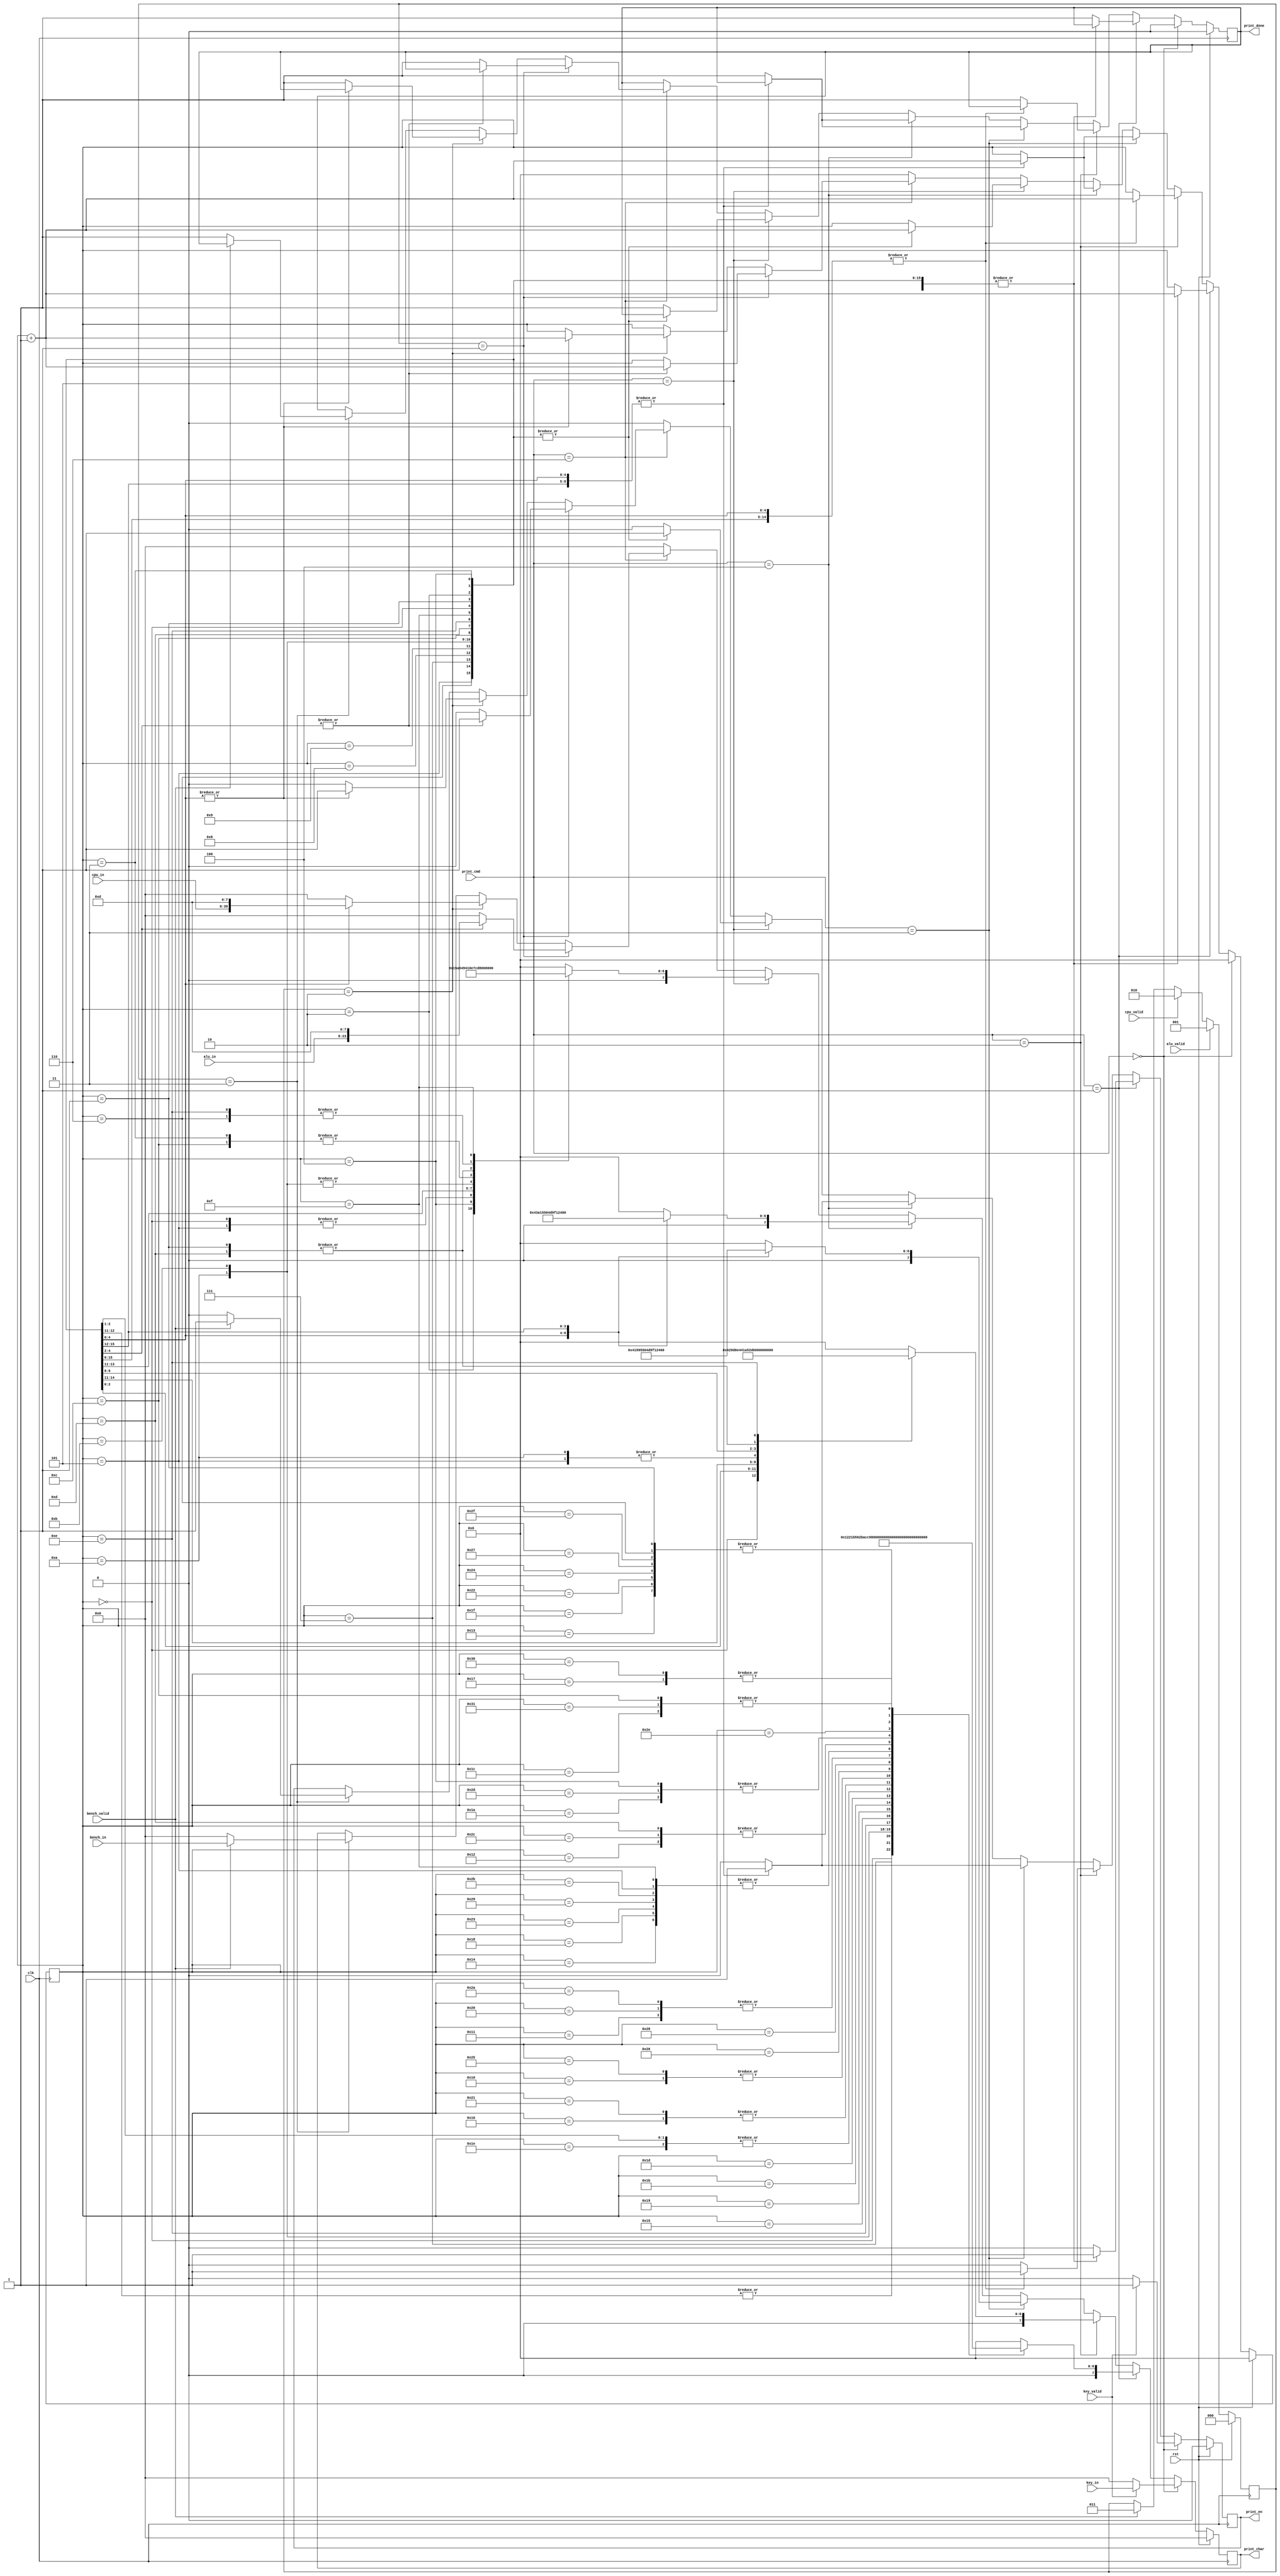

`define STRING_NONE    3'b000
`define STRING_INTRO   3'b001
`define STRING_BENCH   3'b010
`define STRING_ALU     3'b011
`define STRING_CPU     3'b100
`define STRING_INVALID 3'b101
`define STRING_REPORT  3'b110


`define REPORT_NONE  3'b000
`define REPORT_ALU   3'b001
`define REPORT_CPU   3'b010
`define REPORT_BENCH 3'b011

module Printer (
        output reg         print_en,
        output reg  [ 7:0] print_char,
        output reg         print_done,

        input  wire [ 7:0] key_in,
        input  wire        key_valid,

        input  wire [15:0] alu_in,
        input  wire        alu_valid,

        input  wire [31:0] cpu_in,
        input  wire        cpu_valid,

        input  wire [ 7:0] bench_in,
        input  wire        bench_valid,

        input  wire [ 2:0] print_cmd,

        input  wire        clk,
        input  wire        rst
    );

    reg [6:0] print_counter;

    reg [2:0] print_report_target;

    always @(posedge clk) begin
        if (rst) begin
            print_report_target <= `REPORT_NONE;
        end else if (alu_valid) begin
            print_report_target <= `REPORT_ALU;
        end else if (cpu_valid) begin
            print_report_target <= `REPORT_CPU;
        end else if (bench_valid) begin
            print_report_target <= `REPORT_BENCH;
        end
    end

    always @(posedge clk) begin
        if (rst) begin
            print_en <= 0;
            print_counter <= 0;
            print_char <= 0;
            print_done <= 0;

        end else if (print_cmd == `STRING_NONE) begin
            if (key_valid) begin
                print_en <= 1;
					 print_char <= key_in;
						
            end else begin
                print_en <= 0;
                print_char <= 0;
            end
            print_counter <= 0;
            print_done <= 0;

        end else if (print_cmd == `STRING_INTRO) begin
            case (print_counter)
                0: begin print_char <= 72; print_counter <= print_counter + 1; print_en <= 1; end
                1: begin print_char <= 69; print_counter <= print_counter + 1; print_en <= 1; end
                2: begin print_char <= 76; print_counter <= print_counter + 1; print_en <= 1; end
                3: begin print_char <= 76; print_counter <= print_counter + 1; print_en <= 1; end
                4: begin print_char <= 79; print_counter <= print_counter + 1; print_en <= 1; end
                5: begin print_char <= 32; print_counter <= print_counter + 1; print_en <= 1; end
                6: begin print_char <= 69; print_counter <= print_counter + 1; print_en <= 1; end
                7: begin print_char <= 67; print_counter <= print_counter + 1; print_en <= 1; end
                8: begin print_char <= 53; print_counter <= print_counter + 1; print_en <= 1; end
                9: begin print_char <= 53; print_counter <= print_counter + 1; print_en <= 1; end
                10: begin print_char <= 49; print_counter <= print_counter + 1; print_en <= 1; end
                11: begin print_char <= 46; print_counter <= print_counter + 1; print_en <= 1; end
                12: begin print_char <= 13; print_counter <= print_counter + 1; print_en <= 1; end
                13: begin print_char <= 77; print_counter <= print_counter + 1; print_en <= 1; end
                14: begin print_char <= 89; print_counter <= print_counter + 1; print_en <= 1; end
                15: begin print_char <= 32; print_counter <= print_counter + 1; print_en <= 1; end
                16: begin print_char <= 78; print_counter <= print_counter + 1; print_en <= 1; end
                17: begin print_char <= 65; print_counter <= print_counter + 1; print_en <= 1; end
                18: begin print_char <= 77; print_counter <= print_counter + 1; print_en <= 1; end
                19: begin print_char <= 69; print_counter <= print_counter + 1; print_en <= 1; end
                20: begin print_char <= 32; print_counter <= print_counter + 1; print_en <= 1; end
                21: begin print_char <= 73; print_counter <= print_counter + 1; print_en <= 1; end
                22: begin print_char <= 83; print_counter <= print_counter + 1; print_en <= 1; end
                23: begin print_char <= 58; print_counter <= print_counter + 1; print_en <= 1; end
                24: begin print_char <= 32; print_counter <= print_counter + 1; print_en <= 1; end
                25: begin print_char <= 66; print_counter <= print_counter + 1; print_en <= 1; end
                26: begin print_char <= 79; print_counter <= print_counter + 1; print_en <= 1; end
                27: begin print_char <= 88; print_counter <= print_counter + 1; print_en <= 1; end
                28: begin print_char <= 13; print_counter <= print_counter + 1; print_en <= 1; end
                29: begin print_char <= 80; print_counter <= print_counter + 1; print_en <= 1; end
                30: begin print_char <= 76; print_counter <= print_counter + 1; print_en <= 1; end
                31: begin print_char <= 69; print_counter <= print_counter + 1; print_en <= 1; end
                32: begin print_char <= 65; print_counter <= print_counter + 1; print_en <= 1; end
                33: begin print_char <= 83; print_counter <= print_counter + 1; print_en <= 1; end
                34: begin print_char <= 69; print_counter <= print_counter + 1; print_en <= 1; end
                35: begin print_char <= 32; print_counter <= print_counter + 1; print_en <= 1; end
                36: begin print_char <= 69; print_counter <= print_counter + 1; print_en <= 1; end
                37: begin print_char <= 78; print_counter <= print_counter + 1; print_en <= 1; end
                38: begin print_char <= 84; print_counter <= print_counter + 1; print_en <= 1; end
                39: begin print_char <= 69; print_counter <= print_counter + 1; print_en <= 1; end
                40: begin print_char <= 82; print_counter <= print_counter + 1; print_en <= 1; end
                41: begin print_char <= 32; print_counter <= print_counter + 1; print_en <= 1; end
                42: begin print_char <= 65; print_counter <= print_counter + 1; print_en <= 1; end
                43: begin print_char <= 32; print_counter <= print_counter + 1; print_en <= 1; end
                44: begin print_char <= 77; print_counter <= print_counter + 1; print_en <= 1; end
                45: begin print_char <= 79; print_counter <= print_counter + 1; print_en <= 1; end
                46: begin print_char <= 68; print_counter <= print_counter + 1; print_en <= 1; end
                47: begin print_char <= 69; print_counter <= print_counter + 1; print_en <= 1; end
                48: begin print_char <= 58; print_counter <= print_counter + 1; print_en <= 1; end
                49: begin print_char <= 13; print_counter <= print_counter + 1; print_en <= 1; end
                default: begin print_char <= 0; print_en <= 0; print_done <= 1; end
                
            endcase

        end else if (print_cmd == `STRING_BENCH) begin
            case (print_counter)
                0: begin print_char <= 66; print_counter <= print_counter + 1; print_en <= 1; end
                1: begin print_char <= 69; print_counter <= print_counter + 1; print_en <= 1; end
                2: begin print_char <= 78; print_counter <= print_counter + 1; print_en <= 1; end
                3: begin print_char <= 67; print_counter <= print_counter + 1; print_en <= 1; end
                4: begin print_char <= 72; print_counter <= print_counter + 1; print_en <= 1; end
                5: begin print_char <= 77; print_counter <= print_counter + 1; print_en <= 1; end
                6: begin print_char <= 65; print_counter <= print_counter + 1; print_en <= 1; end
                7: begin print_char <= 82; print_counter <= print_counter + 1; print_en <= 1; end
                8: begin print_char <= 75; print_counter <= print_counter + 1; print_en <= 1; end
                9: begin print_char <= 32; print_counter <= print_counter + 1; print_en <= 1; end
                10: begin print_char <= 77; print_counter <= print_counter + 1; print_en <= 1; end
                11: begin print_char <= 79; print_counter <= print_counter + 1; print_en <= 1; end
                12: begin print_char <= 68; print_counter <= print_counter + 1; print_en <= 1; end
                13: begin print_char <= 69; print_counter <= print_counter + 1; print_en <= 1; end
                14: begin print_char <= 13; print_counter <= print_counter + 1; print_en <= 1; end
                default: begin print_char <= 0; print_en <= 0; print_done <= 1; end

            endcase
        
        end else if (print_cmd == `STRING_ALU) begin
            case (print_counter)
                0: begin print_char <= 65; print_counter <= print_counter + 1; print_en <= 1; end
                1: begin print_char <= 76; print_counter <= print_counter + 1; print_en <= 1; end
                2: begin print_char <= 85; print_counter <= print_counter + 1; print_en <= 1; end
                3: begin print_char <= 32; print_counter <= print_counter + 1; print_en <= 1; end
                4: begin print_char <= 77; print_counter <= print_counter + 1; print_en <= 1; end
                5: begin print_char <= 79; print_counter <= print_counter + 1; print_en <= 1; end
                6: begin print_char <= 68; print_counter <= print_counter + 1; print_en <= 1; end
                7: begin print_char <= 69; print_counter <= print_counter + 1; print_en <= 1; end
                8: begin print_char <= 13; print_counter <= print_counter + 1; print_en <= 1; end
                default: begin print_char <= 0; print_en <= 0; print_done <= 1; end

            endcase

        end else if (print_cmd == `STRING_CPU) begin
            case (print_counter)
                0: begin print_char <= 67; print_counter <= print_counter + 1; print_en <= 1; end
                1: begin print_char <= 80; print_counter <= print_counter + 1; print_en <= 1; end
                2: begin print_char <= 85; print_counter <= print_counter + 1; print_en <= 1; end
                3: begin print_char <= 32; print_counter <= print_counter + 1; print_en <= 1; end
                4: begin print_char <= 77; print_counter <= print_counter + 1; print_en <= 1; end
                5: begin print_char <= 79; print_counter <= print_counter + 1; print_en <= 1; end
                6: begin print_char <= 68; print_counter <= print_counter + 1; print_en <= 1; end
                7: begin print_char <= 69; print_counter <= print_counter + 1; print_en <= 1; end
                8: begin print_char <= 13; print_counter <= print_counter + 1; print_en <= 1; end
                default: begin print_char <= 0; print_en <= 0; print_done <= 1; end

            endcase

        end else if (print_cmd == `STRING_INVALID) begin
            case (print_counter)
                0: begin print_char <= 73; print_counter <= print_counter + 1; print_en <= 1; end
                1: begin print_char <= 78; print_counter <= print_counter + 1; print_en <= 1; end
                2: begin print_char <= 86; print_counter <= print_counter + 1; print_en <= 1; end
                3: begin print_char <= 65; print_counter <= print_counter + 1; print_en <= 1; end
                4: begin print_char <= 76; print_counter <= print_counter + 1; print_en <= 1; end
                5: begin print_char <= 73; print_counter <= print_counter + 1; print_en <= 1; end
                6: begin print_char <= 68; print_counter <= print_counter + 1; print_en <= 1; end
                7: begin print_char <= 32; print_counter <= print_counter + 1; print_en <= 1; end
                8: begin print_char <= 67; print_counter <= print_counter + 1; print_en <= 1; end
                9: begin print_char <= 79; print_counter <= print_counter + 1; print_en <= 1; end
                10: begin print_char <= 77; print_counter <= print_counter + 1; print_en <= 1; end
                11: begin print_char <= 77; print_counter <= print_counter + 1; print_en <= 1; end
                12: begin print_char <= 65; print_counter <= print_counter + 1; print_en <= 1; end
                13: begin print_char <= 78; print_counter <= print_counter + 1; print_en <= 1; end
                14: begin print_char <= 68; print_counter <= print_counter + 1; print_en <= 1; end
                15: begin print_char <= 13; print_counter <= print_counter + 1; print_en <= 1; end
                default: begin print_char <= 0; print_en <= 0; print_done <= 1; end
            
            endcase

        end else if (print_cmd == `STRING_REPORT) begin
            if (print_report_target == `REPORT_ALU) begin
                case (print_counter)
                    0: begin print_char <= alu_in[15:8]; print_counter <= print_counter + 1; print_en <= 1; end
                    1: begin print_char <= alu_in[7:0]; print_counter <= print_counter + 1; print_en <= 1; end
						  2: begin print_char <= 13; print_counter <= print_counter + 1; print_en <= 1; end
                    default: begin print_char <= 0; print_en <= 0; print_done <= 1; end
                endcase
            end else if (print_report_target == `REPORT_CPU) begin
                case (print_counter)
                    0: begin print_char <= cpu_in[31:24]; print_counter <= print_counter + 1; print_en <= 1; end
                    1: begin print_char <= cpu_in[23:16]; print_counter <= print_counter + 1; print_en <= 1; end
                    2: begin print_char <= cpu_in[15:8]; print_counter <= print_counter + 1; print_en <= 1; end
                    3: begin print_char <= cpu_in[7:0]; print_counter <= print_counter + 1; print_en <= 1; end
						  4: begin print_char <= 13; print_counter <= print_counter + 1; print_en <= 1; end
                    default: begin print_char <= 0; print_en <= 0; print_done <= 1; end
                endcase
            end else if (print_report_target == `REPORT_BENCH) begin
                if (bench_valid) begin
                    print_char <= bench_in;
                    print_en <= 1;
                end else begin
                    print_char <= 0;
                    print_done <= 1;
                    print_en <= 0;
                end
            end


        end else begin
            print_en <= 0;
            print_counter <= 0;
            print_char <= 0;
        end
    end
endmodule